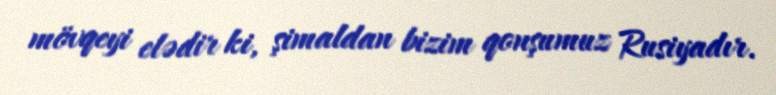
mövqeyi elədir ki, şimaldan bizim qonşumuz Rusiyadır.